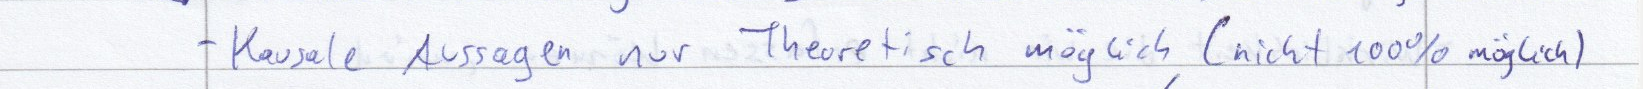
- Kausale Aussagen nur Theoretisch möglich (nicht 100% möglich)